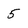
Character: 5